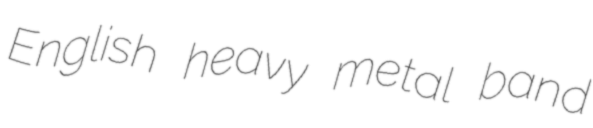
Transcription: English heavy metal band